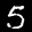
Label: 5